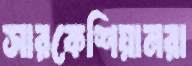
সারকেশিয়ানরা